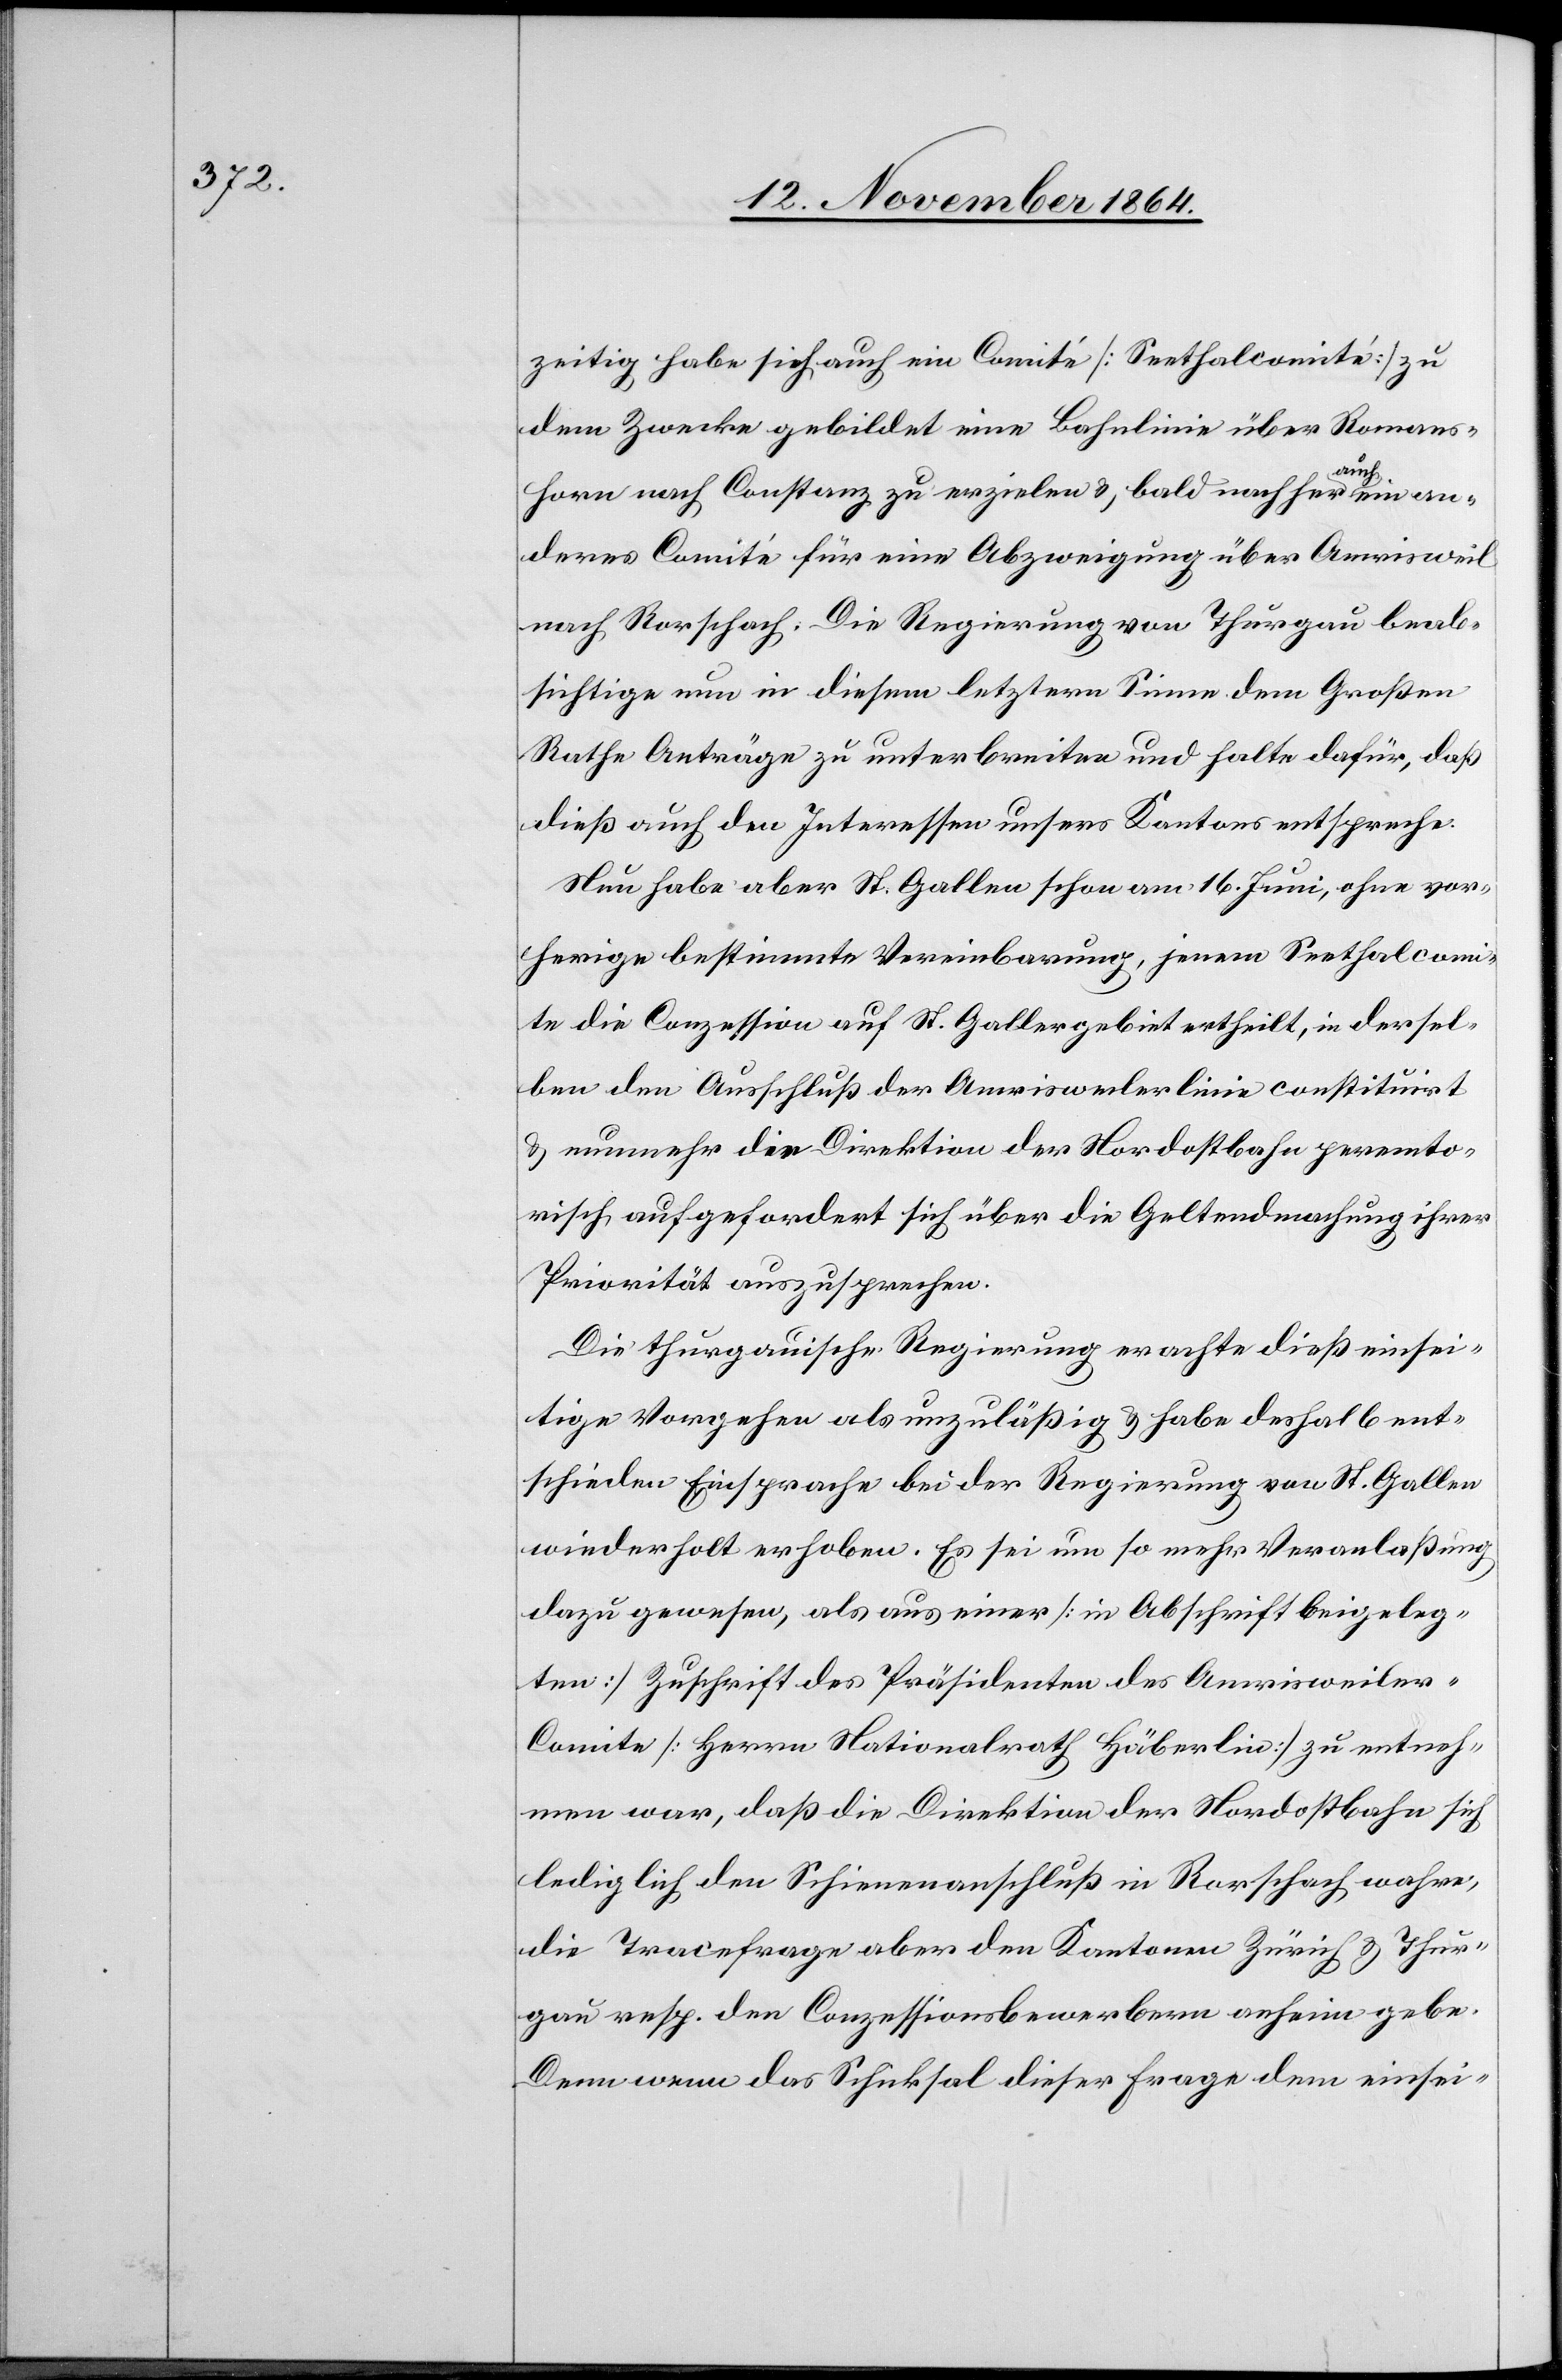
zeitig habe sich auch ein Comité [Seethalcomité] zu
dem Zwecke gebildet eine Bahnlinie über Romans¬
horn nach Constanz zu erzielen & bald nachher a-auch-a
anderes Comité für eine Abzweigung über Amrisweil
nach Rorschach. Die Regierung von Thurgau beab¬
sichtige nun in diesem letztern Sinne dem Großen
Rathe Anträge zu unterbreiten und halte dafür, daß
dieß auch den Interessen unsers Kantons entspreche.
Nun habe aber St. Gallen schon am 16. Juni, ohne vor¬
herige bestimmte Vereinbarung, jenem Seethalcom¬
ite die Conzession auf St. Gallergebiet ertheilt, in dersel¬
ben den Anschluß der Amrisweilerlinie constituirt
& nunmehr die Direktion der Nordostbahn peremto¬
risch aufgefordert sich über die Geltendmachung ihrer
Priorität auszusprechen.
Die thurgauische Regierung erachte dieß einsei¬
tige Vorgehen als unzuläßig & habe deshalb ent¬
schieden Einsprache bei der Regierung von St. Gallen
wiederholt erhoben. Es sei um so mehr Veranlaßung
dazu gewesen, als aus einer [in Abschrift beigeleg¬
ten] Zuschrift des Präsidenten des Amrisweiler-C¬
omite [Herrn Nationalrath Häberlin] zu entneh¬
men war, daß die Direktion der Nordostbahn sich
lediglich den Schienenanschluß in Rorschach wahre,
die Tracefrage aber den Kantonen Zürich & Thur¬
gau resp. den Conzessionsbewerbern anheim gebe.
Denn wenn das Schicksal dieser Frage dem einsei-